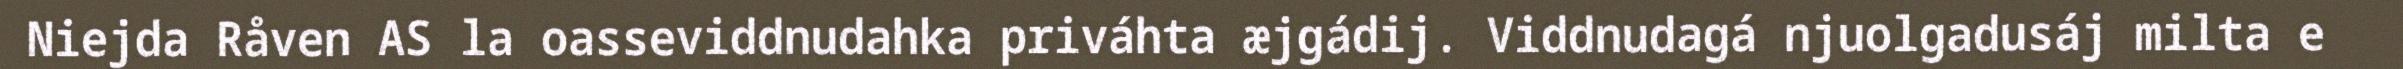
Niejda Råven AS la oasseviddnudahka priváhta æjgádij. Viddnudagá njuolgadusáj milta e